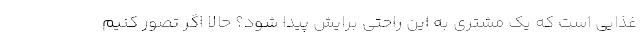
غذایی است که یک مشتری به این راحتی برایش پیدا شود؟ حالا اگر تصور کنیم